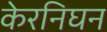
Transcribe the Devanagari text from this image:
केरनिघन